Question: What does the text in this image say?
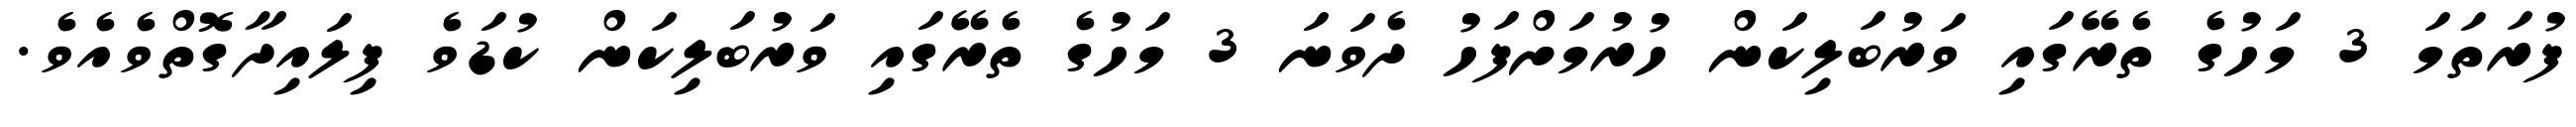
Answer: ފުރަތަމަ 3 މަހުގެ ތެރޭގައި ވަރުބަލިކަން ހުރުމަށްފަހު ދެވަނަ 3 މަހުގެ ތެރޭގައި ވަރުބަލިކަން ކުޑަވެ ފިލައިދާގޮތްވެއެވެ.